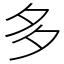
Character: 多